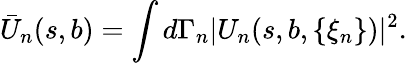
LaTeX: \bar{U}_{n}(s,b)=\int d\Gamma_{n}|U_{n}(s,b,\{ \xi_{n}\} )|^{2}.